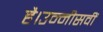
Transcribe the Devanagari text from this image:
है।उन्नीसवीं